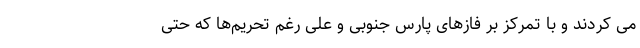
می کردند و با تمرکز بر فازهای پارس جنوبی و علی رغم تحریم‌ها که حتی